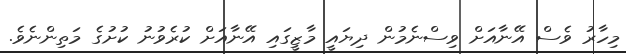
މިހާރު ވެސް އޭނާއަށް ވިސްނެމުން ދިޔައީ މާޒީގައި އޭނާއަށް ކުރެވުނު ކުށުގެ މަތިންނެވެ.